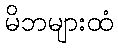
မိဘများထံ